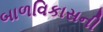
બાળવિકાસની